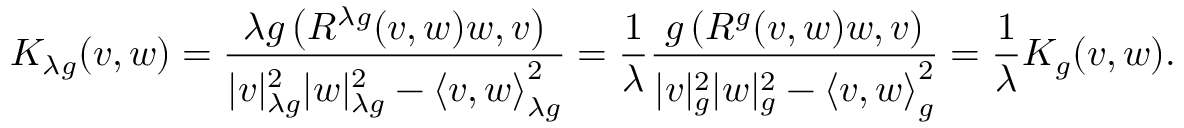
K _ { \lambda g } ( v , w ) = { \frac { \lambda g \left( R ^ { \lambda g } ( v , w ) w , v \right) } { | v | _ { \lambda g } ^ { 2 } | w | _ { \lambda g } ^ { 2 } - \langle v , w \rangle { \vphantom { | } } _ { \lambda g } ^ { 2 } } } = { \frac { 1 } { \lambda } } { \frac { g \left( R ^ { g } ( v , w ) w , v \right) } { | v | _ { g } ^ { 2 } | w | _ { g } ^ { 2 } - \langle v , w \rangle { \vphantom { | } } _ { g } ^ { 2 } } } = { \frac { 1 } { \lambda } } K _ { g } ( v , w ) .